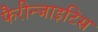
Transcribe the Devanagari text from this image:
फैरीन्जाइटिस